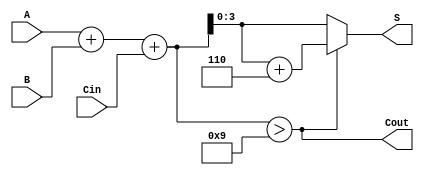
module bcd_adder (
    input  [3:0] A,      // BCD digit A
    input  [3:0] B,      // BCD digit B
    input        Cin,     // Carry-in
    output [3:0] S,      // BCD Sum
    output       Cout     // Carry-out
);

    wire [4:0] Temp_Sum; // 5-bit to hold the sum of A, B and Cin
    assign Temp_Sum = A + B + Cin; // Binary sum calculation

    // Determine the BCD correction
    wire correction_needed;
    assign correction_needed = Temp_Sum > 9; // Check if correction is needed

    // Calculate the corrected sum
    assign S = correction_needed ? (Temp_Sum + 6) : Temp_Sum[3:0];

    // Determine the carry-out
    assign Cout = correction_needed;

endmodule